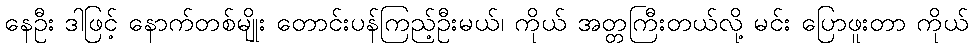
နေဦး ဒါဖြင့် နောက်တစ်မျိုး တောင်းပန်ကြည့်ဦးမယ်၊ ကိုယ် အတ္တကြီးတယ်လို့ မင်း ပြောဖူးတာ ကိုယ်